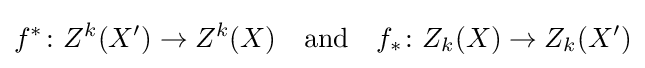
f^{*}\colon Z^{k}(X')\to Z^{k}(X)\quad {\text{and}}\quad f_{*}\colon Z_{k}(X)\to Z_{k}(X')\,\!